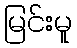
မြင်းမူ